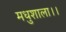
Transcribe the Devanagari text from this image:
मधुशाला।।